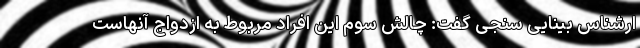
ارشناس بینایی سنجی گفت: چالش سوم این افراد مربوط به ازدواج آنهاست